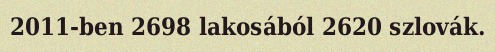
2011-ben 2698 lakosából 2620 szlovák.